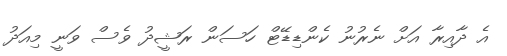
އެ ދާއިރާ އަށް ނެރުނު ކެންޑިޑޭޓް ހަސަން ރަޝީދު ވެސް ވަނީ މިއަދު